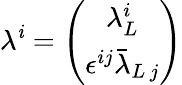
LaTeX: \lambda^{\mathit{i}}=\left(\begin{array}{c}{{\lambda_{L}^{i}}}\\ {{\epsilon^{ij}\bar{\lambda}_{L\, j}}}\end{array}\right)